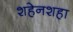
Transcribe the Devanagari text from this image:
शहेनशहा